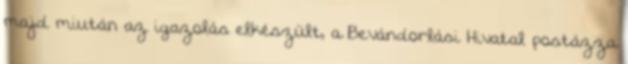
majd miután az igazolás elkészült, a Bevándorlási Hivatal postázza